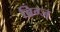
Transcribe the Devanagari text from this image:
ब्रिग्ज